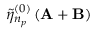
\tilde { \eta } _ { n _ { p } } ^ { ( 0 ) } \left( \mathbf { A } + \mathbf { B } \right)